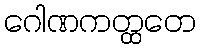
ဂေါဏကတ္ထတေ